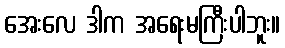
အေးလေ ဒါက အရေးမကြီးပါဘူး။